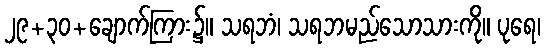
၂၉+၃၀+ချောက်ကြား၌။ သရဘံ၊ သရဘမည်သောသားကို။ ပုရေ၊